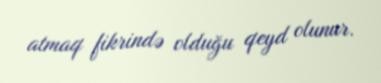
atmaq fikrində olduğu qeyd olunur.